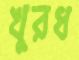
খুরধ